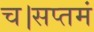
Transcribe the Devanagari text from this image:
च।सप्तमं